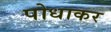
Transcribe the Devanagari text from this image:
पोधाकर